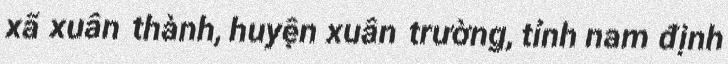
xã xuân thành, huyện xuân trường, tỉnh nam định